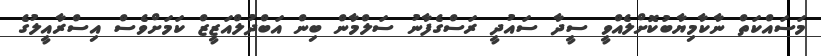
މަސައްކަތް ނާކާމިޔާބުކޮށްލެއްވީ ސީދާ ސައުދީ ރަސްގެފާނު ސަލްމާން ބިން އަބްދުލްއަޒީޒް ކަމަށްވެސް އިސްރާއީލުގެ